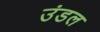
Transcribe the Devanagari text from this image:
उंडल